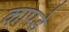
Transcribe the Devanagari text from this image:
कापडे